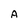
Character: A